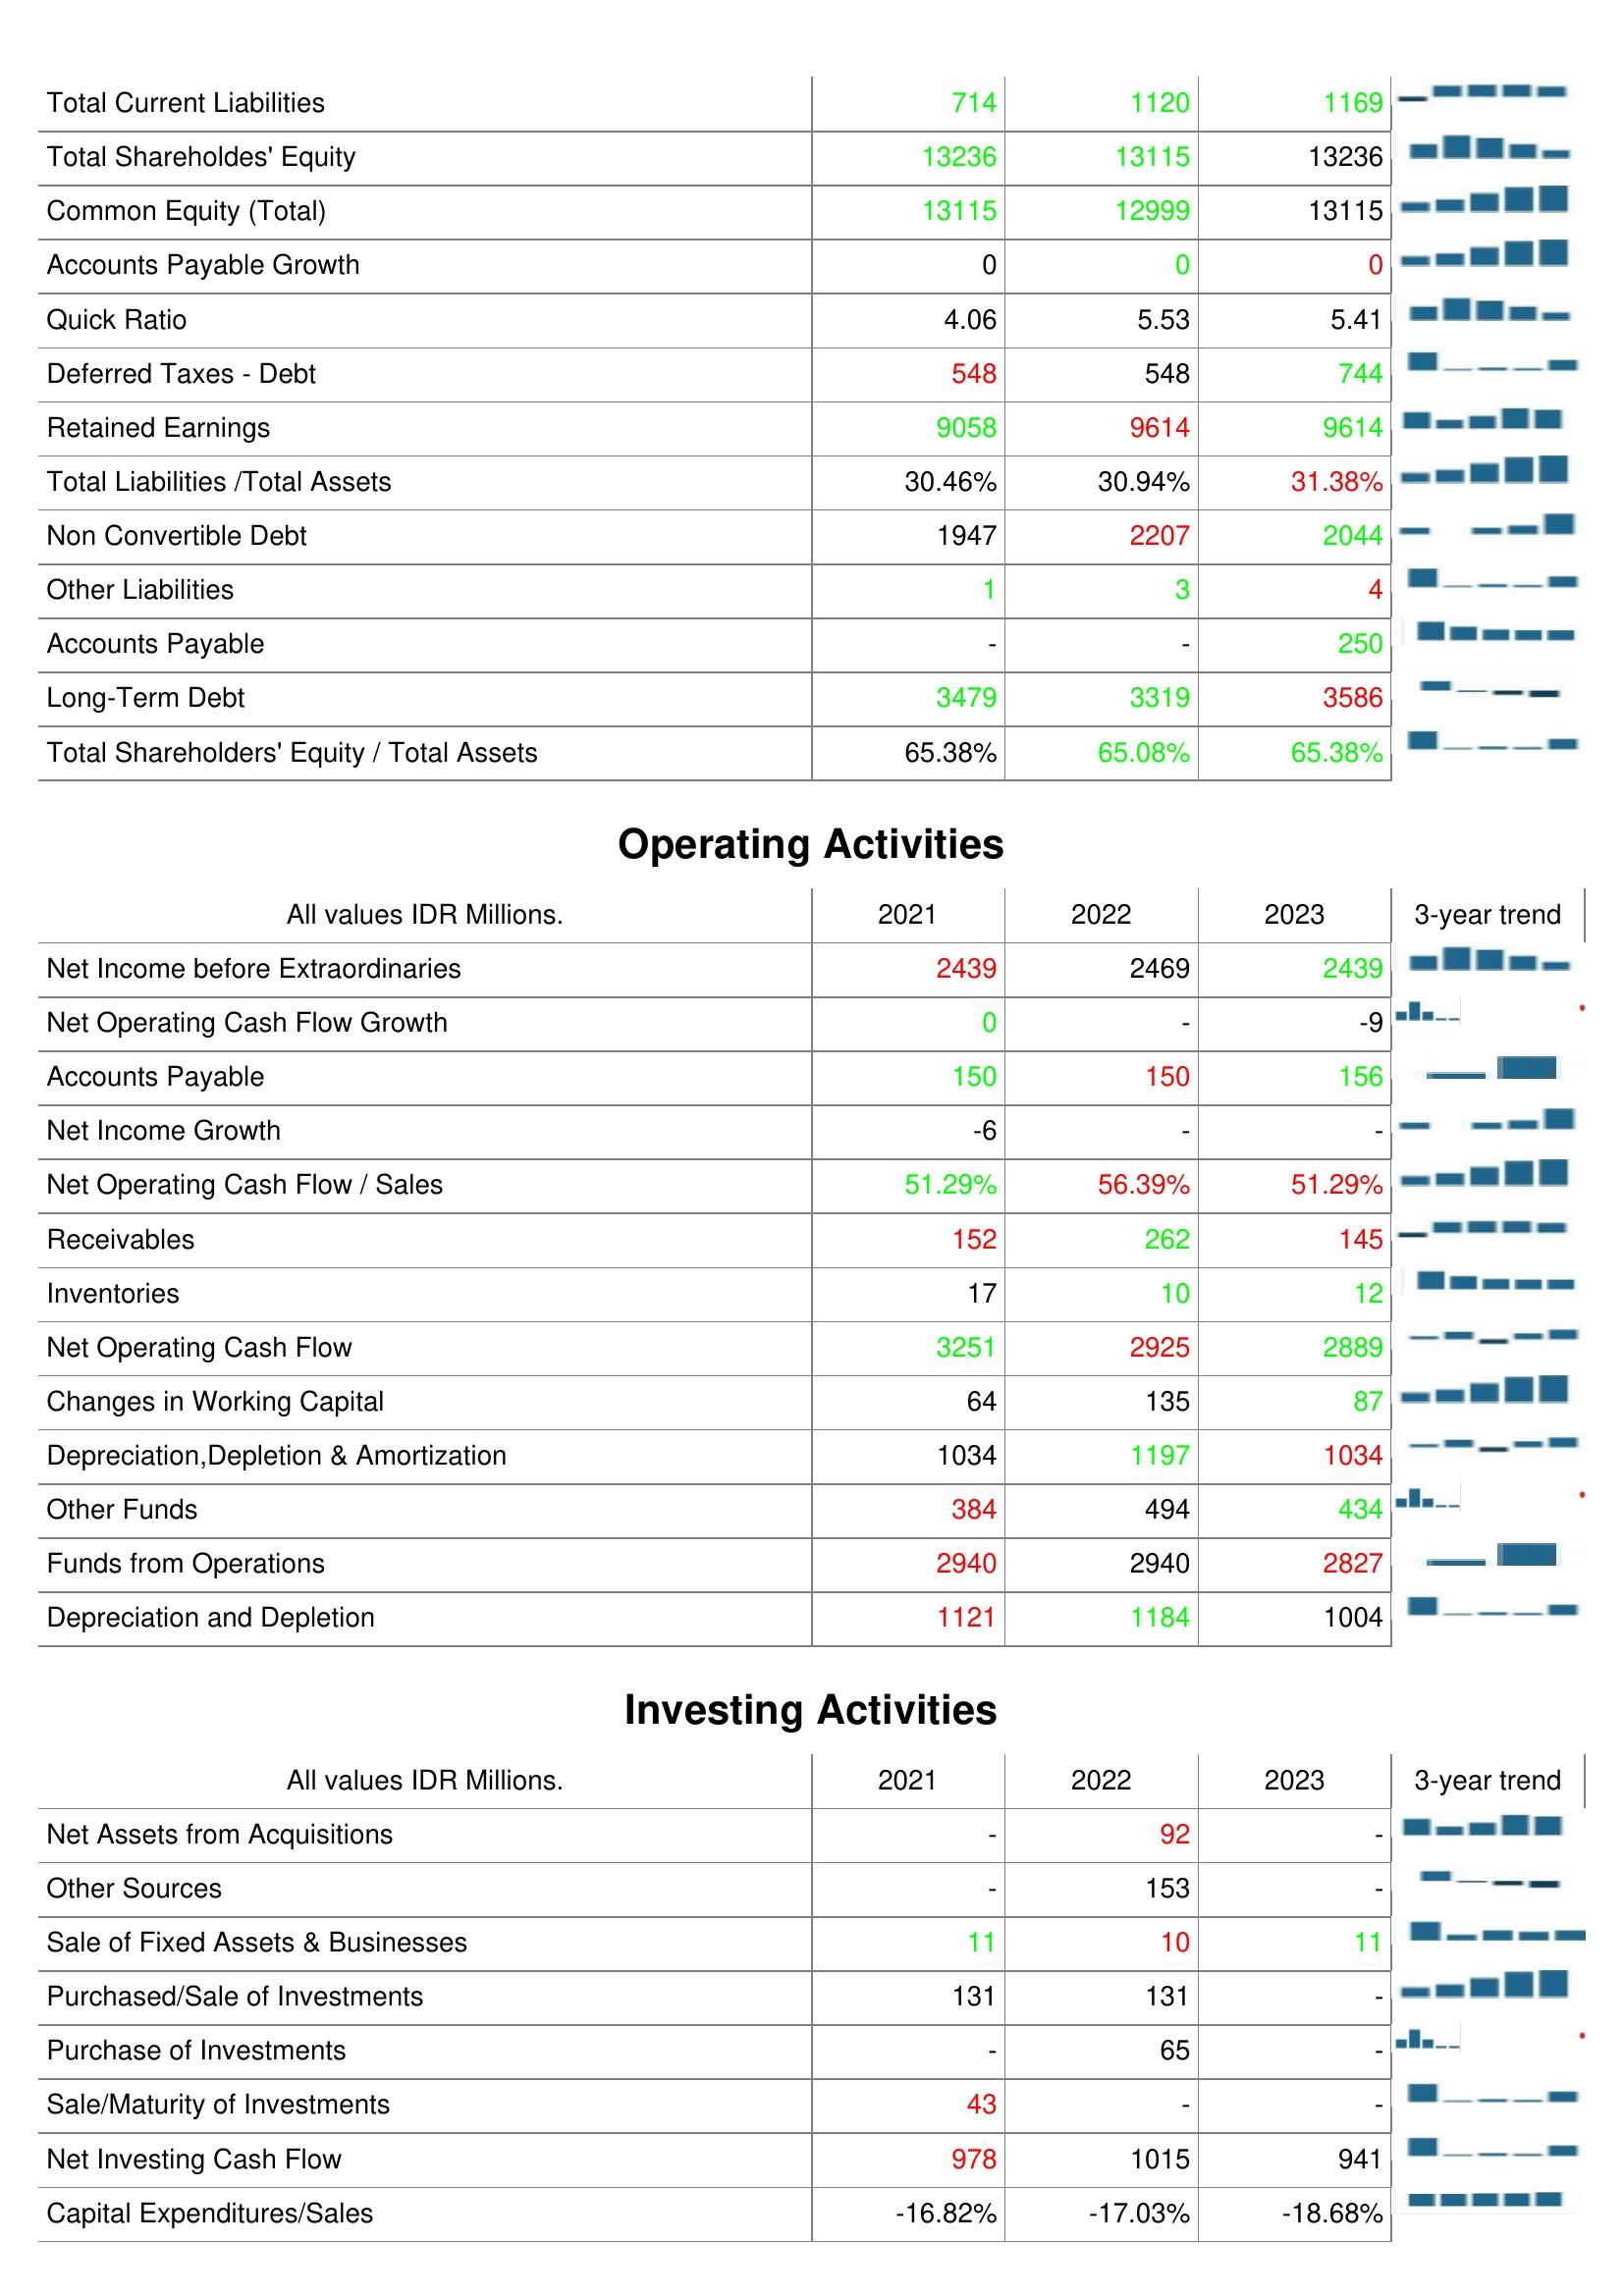
2021: Liabilities & Shareholder's Equity: Total Current Liabilities: 714
Total Shareholdes' Equity: 13236
Common Equity (Total): 13115
Accounts Payable Growth: 0
Quick Ratio: 4.06
Deferred Taxes - Debt: 548
Retained Earnings: 9058
Total Liabilities /Total Assets: 30.46%
Non Convertible Debt: 1947
Other Liabilities: 1
Accounts Payable: -
Long-Term Debt: 3479
Total Shareholders' Equity / Total Assets: 65.38%
Operating Activities: Net Income before Extraordinaries: 2439
Net Operating Cash Flow Growth: 0
Accounts Payable: 150
Net Income Growth: -6
Net Operating Cash Flow / Sales: 51.29%
Receivables: 152
Inventories: 17
Net Operating Cash Flow: 3251
Changes in Working Capital: 64
Depreciation,Depletion & Amortization: 1034
Other Funds: 384
Funds from Operations: 2940
Depreciation and Depletion: 1121
Investing Activities: Net Assets from Acquisitions: -
Other Sources: -
Sale of Fixed Assets & Businesses: 11
Purchased/Sale of Investments: 131
Purchase of Investments: -
Sale/Maturity of Investments: 43
Net Investing Cash Flow: 978
Capital Expenditures/Sales: -16.82%
2022: Liabilities & Shareholder's Equity: Total Current Liabilities: 1120
Total Shareholdes' Equity: 13115
Common Equity (Total): 12999
Accounts Payable Growth: 0
Quick Ratio: 5.53
Deferred Taxes - Debt: 548
Retained Earnings: 9614
Total Liabilities /Total Assets: 30.94%
Non Convertible Debt: 2207
Other Liabilities: 3
Accounts Payable: -
Long-Term Debt: 3319
Total Shareholders' Equity / Total Assets: 65.08%
Operating Activities: Net Income before Extraordinaries: 2469
Net Operating Cash Flow Growth: -
Accounts Payable: 150
Net Income Growth: -
Net Operating Cash Flow / Sales: 56.39%
Receivables: 262
Inventories: 10
Net Operating Cash Flow: 2925
Changes in Working Capital: 135
Depreciation,Depletion & Amortization: 1197
Other Funds: 494
Funds from Operations: 2940
Depreciation and Depletion: 1184
Investing Activities: Net Assets from Acquisitions: 92
Other Sources: 153
Sale of Fixed Assets & Businesses: 10
Purchased/Sale of Investments: 131
Purchase of Investments: 65
Sale/Maturity of Investments: -
Net Investing Cash Flow: 1015
Capital Expenditures/Sales: -17.03%
2023: Liabilities & Shareholder's Equity: Total Current Liabilities: 1169
Total Shareholdes' Equity: 13236
Common Equity (Total): 13115
Accounts Payable Growth: 0
Quick Ratio: 5.41
Deferred Taxes - Debt: 744
Retained Earnings: 9614
Total Liabilities /Total Assets: 31.38%
Non Convertible Debt: 2044
Other Liabilities: 4
Accounts Payable: 250
Long-Term Debt: 3586
Total Shareholders' Equity / Total Assets: 65.38%
Operating Activities: Net Income before Extraordinaries: 2439
Net Operating Cash Flow Growth: -9
Accounts Payable: 156
Net Income Growth: -
Net Operating Cash Flow / Sales: 51.29%
Receivables: 145
Inventories: 12
Net Operating Cash Flow: 2889
Changes in Working Capital: 87
Depreciation,Depletion & Amortization: 1034
Other Funds: 434
Funds from Operations: 2827
Depreciation and Depletion: 1004
Investing Activities: Net Assets from Acquisitions: -
Other Sources: -
Sale of Fixed Assets & Businesses: 11
Purchased/Sale of Investments: -
Purchase of Investments: -
Sale/Maturity of Investments: -
Net Investing Cash Flow: 941
Capital Expenditures/Sales: -18.68%